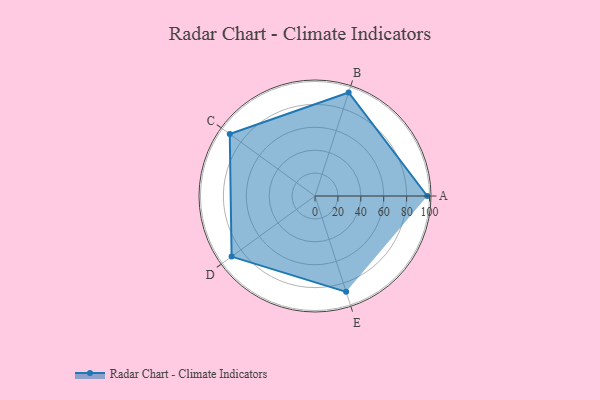
{"axis": {"x": "Skill", "y": "Score"}, "legend": ["Profile"], "data": [{"x": "A", "y": 98.0, "type": "Profile"}, {"x": "B", "y": 95.0, "type": "Profile"}, {"x": "C", "y": 92.0, "type": "Profile"}, {"x": "D", "y": 90.0, "type": "Profile"}, {"x": "E", "y": 88.0, "type": "Profile"}]}